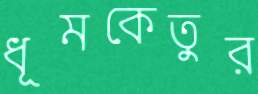
ধূমকেতুর